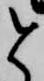
と